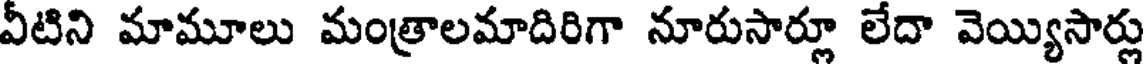
వీటిని మామూలు మంత్రాలమాదిరిగా నూరుసార్లూ లేదా వెయ్యిసార్లు